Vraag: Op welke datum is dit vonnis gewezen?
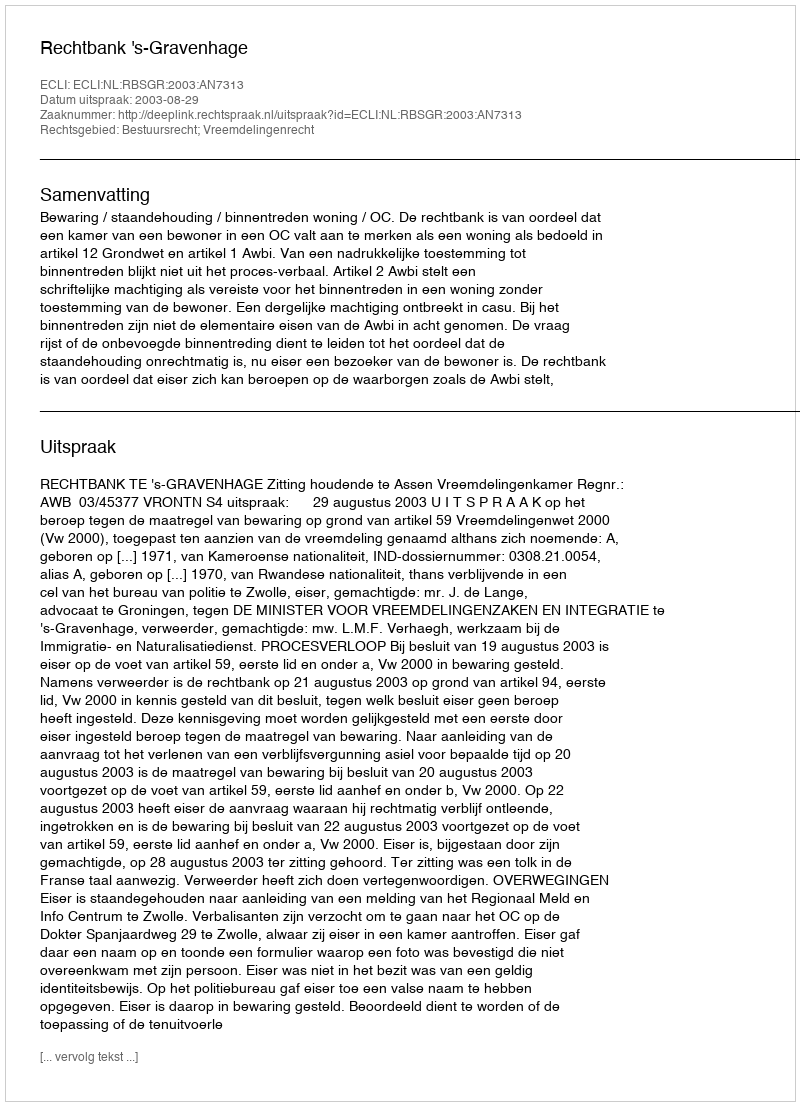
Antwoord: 2003-08-29